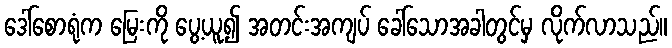
ဒေါ်စောရုံက မြေးကို ပွေ့ယူ၍ အတင်းအကျပ် ခေါ်သောအခါတွင်မှ လိုက်လာသည်။